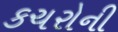
કચરોની